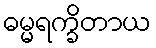
ဓမ္မရက္ခိတာယ